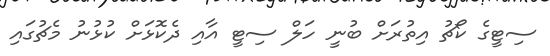
ސިޓީގެ ކޯޗު އިތުރަށް ބުނީ ހަލް ސިޓީ އާއި ދެކޮޅަށް ކުޅުނު މެޗުގައި